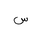
Letter: _sin